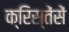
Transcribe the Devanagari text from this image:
क्रिस्तेंसें